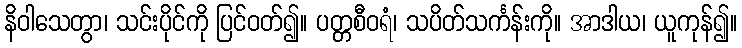
နိဝါသေတွာ၊ သင်းပိုင်ကို ပြင်ဝတ်၍။ ပတ္တစီဝရံ၊ သပိတ်သင်္ကန်းကို။ အာဒါယ၊ ယူကုန်၍။